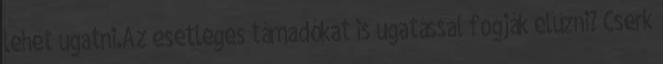
lehet ugatni.Az esetleges támadókat is ugatással fogják elűzni? Cserk